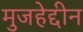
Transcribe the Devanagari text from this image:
मुजहेद्दीन